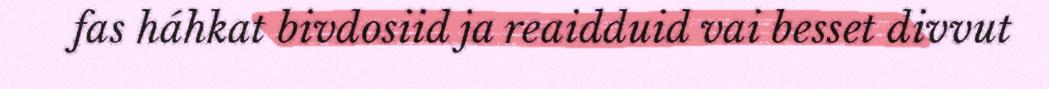
fas háhkat bivdosiid ja reaidduid vai besset divvut